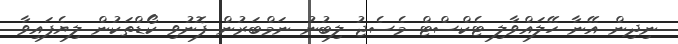
ނިދިން އޭނާ ހޭލައްވާލި ޓެކްސްޓް މެސެޖު ލިބުނު ނަމްބަރުން ފޮނުވި ކޯޑްތަކުން ލިޔެފައިވާ